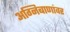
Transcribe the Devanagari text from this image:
अग्निबाणांवर